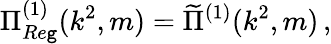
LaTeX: \Pi_{Re\mathtt{g}}^{(1)}(k^{2},m)=\widetilde{{\Pi}}^{(1)}(k^{2},m)\, ,